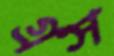
গ্রস